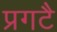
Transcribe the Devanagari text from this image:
प्रगटै